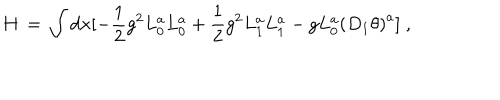
H \, = \, \int d { \bf x } [ - \frac { 1 } { 2 } g ^ { 2 } L _ { 0 } ^ { a } L _ { 0 } ^ { a } + \frac { 1 } { 2 } g ^ { 2 } L _ { 1 } ^ { a } L _ { 1 } ^ { a } - g L _ { 0 } ^ { a } { ( D _ { 1 } \theta ) } ^ { a } ] \; ,